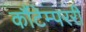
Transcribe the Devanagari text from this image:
कौंटेम्पररी